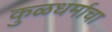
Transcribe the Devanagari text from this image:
कुळधर्माचा